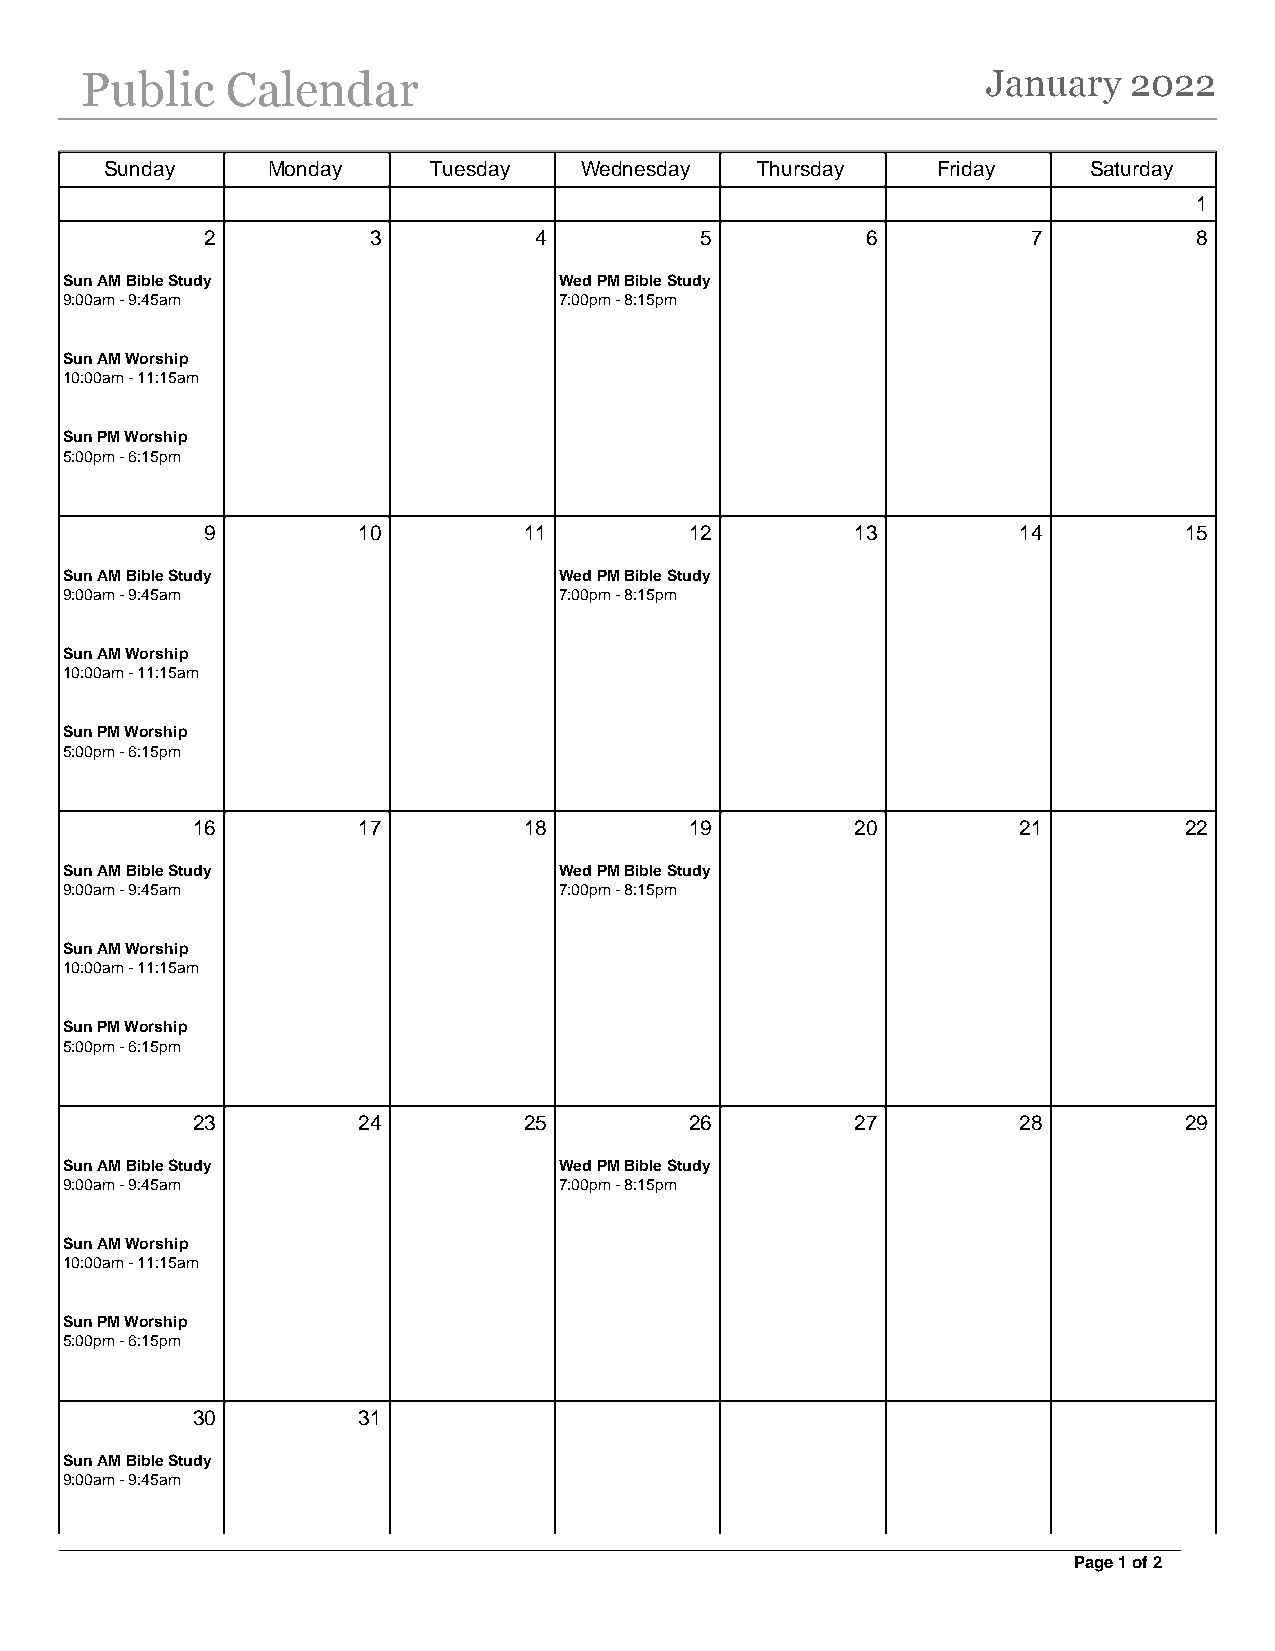
Public    Calendar                                          January   2022
 Sunday     Monday    Tuesday   Wednesday   Thursday    Friday    Saturday
 1
 2         3          4          5          6          7          8
 Sun AM Bible Study               Wed PM Bible Study
 9:00am - 9:45am                  7:00pm - 8:15pm
 Sun AM Worship
 10:00am - 11:15am
 Sun PM Worship
 5:00pm - 6:15pm
 9         10         11         12         13        14         15
 Sun AM Bible Study               Wed PM Bible Study
 9:00am - 9:45am                  7:00pm - 8:15pm
 Sun AM Worship
 10:00am - 11:15am
 Sun PM Worship
 5:00pm - 6:15pm
 16         17         18         19         20        21         22
 Sun AM Bible Study               Wed PM Bible Study
 9:00am - 9:45am                  7:00pm - 8:15pm
 Sun AM Worship
 10:00am - 11:15am
 Sun PM Worship
 5:00pm - 6:15pm
 23         24         25         26         27        28         29
 Sun AM Bible Study               Wed PM Bible Study
 9:00am - 9:45am                  7:00pm - 8:15pm
 Sun AM Worship
 10:00am - 11:15am
 Sun PM Worship
 5:00pm - 6:15pm
 30         31
 Sun AM Bible Study
 9:00am - 9:45am
 Page 1 of 2